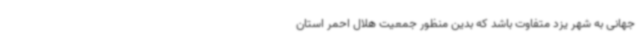
جهانی به شهر یزد متفاوت باشد که بدین منظور جمعیت هلال احمر استان